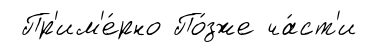
Пр'им'е́рно По́зже ча́ст'и